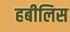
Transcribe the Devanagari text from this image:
हबीलिस